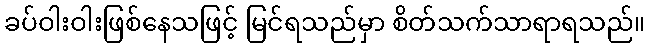
ခပ်ဝါးဝါးဖြစ်နေသဖြင့် မြင်ရသည်မှာ စိတ်သက်သာရာရသည်။